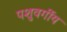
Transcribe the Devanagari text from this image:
पशुवर्गीय